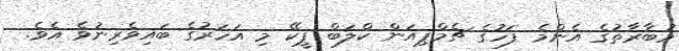
މުބާރާތުގެ އެންމެ ފަހުގެ ޗެމްޕިއަން ކްލަބް ޕީކޭ މި އަހަރުގެ ބައިވެރިނުވެ އެވެ.